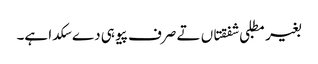
بغیر مطلبی شفقتاں تے صرف پیو ہی دے سکدا ہے۔